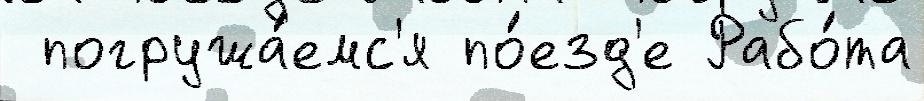
 погружа́емс'я по́езд'е Рабо́та